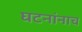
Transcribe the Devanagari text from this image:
घटनांनाच